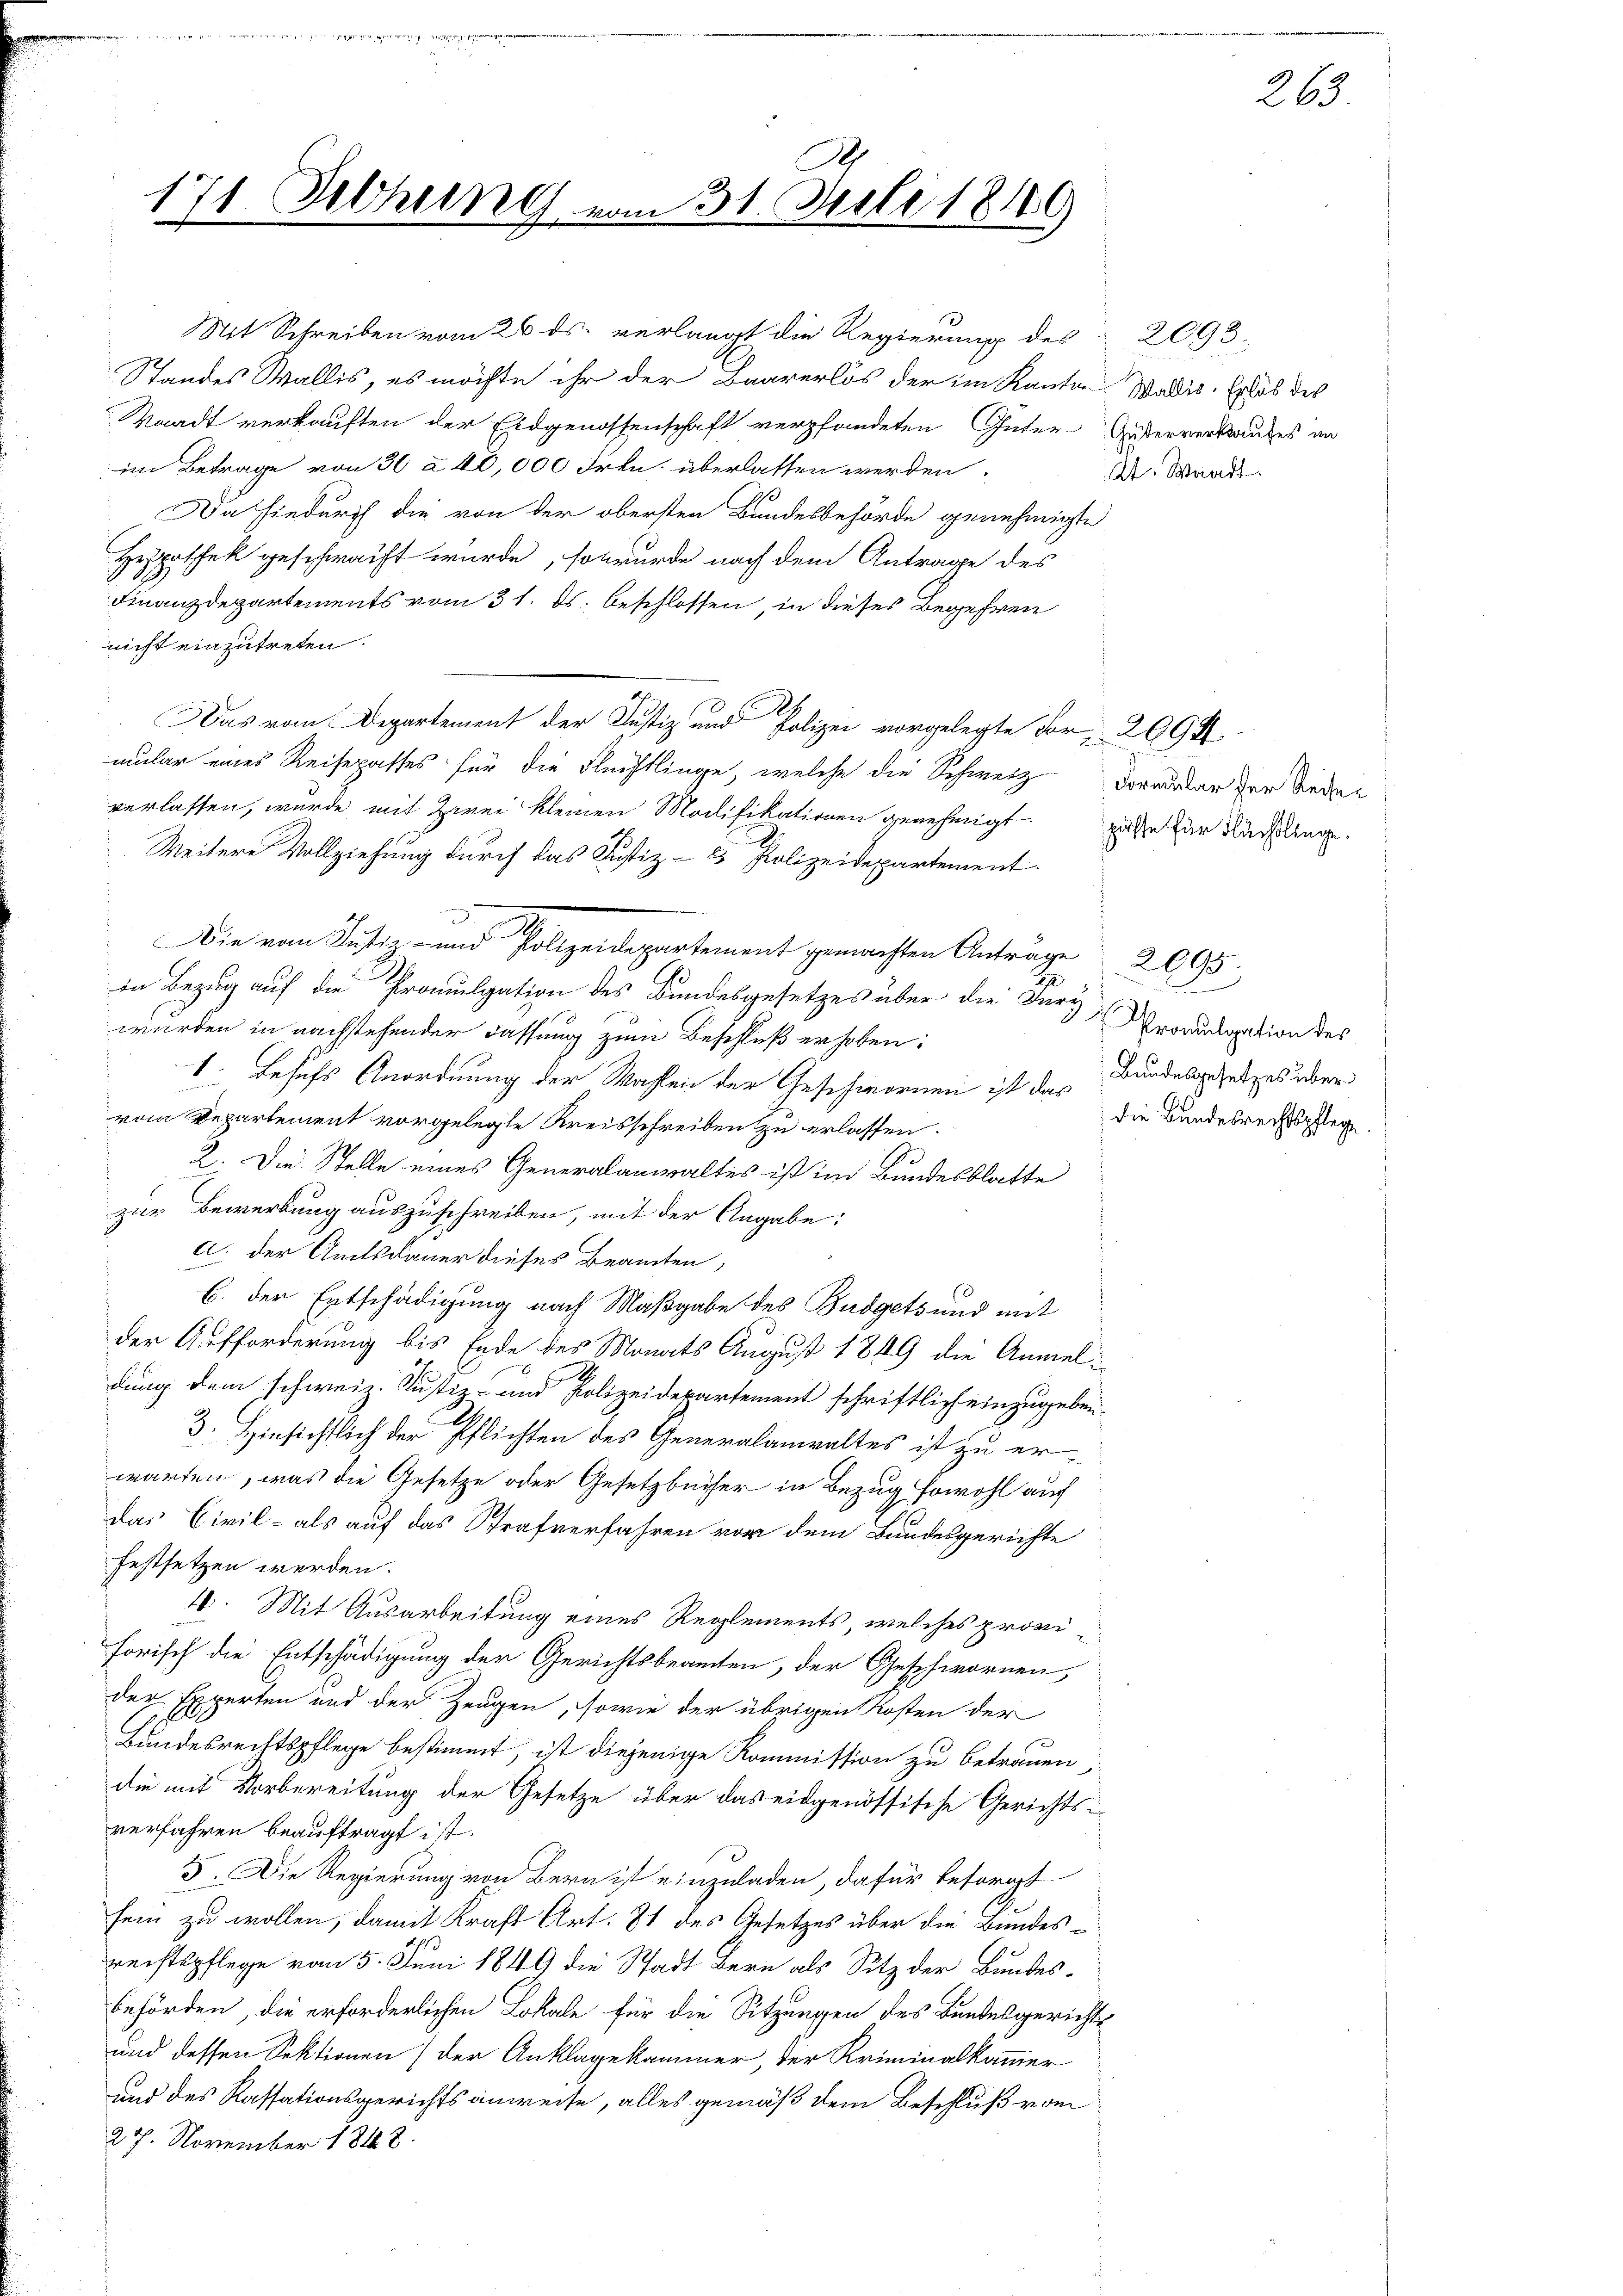
171. Setzung

Die vom Justiz- und Polizeidepartement gemachten Anträge

A
31. Juli 1849

Mit Schreiben vom 26. ds. verlangt die Regierung des 2093.
Standes Wallis, es möchte ihr der Baarerlös der im Kanton Wadia, Erhob des
Waadt verkauften der Eidgenossenschaft verpfandeten Güter Gesterverkaufes an
im Betrage von 30 à 10,000 Frkn. überlassen werden.
Da hiedurch die von der obersten Bundesbehörde genehmigte
Hypothek geschwacht wurde, so wurde nach dem Antrage des
Finanzdepartements vom 31. ds. beschlossen, in dieses Begehren
nicht einzutreten.
Das vom Departement der Justiz und Polizei vorgelegte For- 2094
mular eines Reisepasses für die Flechtlinge, welche die Schweiz darausser der Nieder
verlassen, wurde mit Zwei kleinen Modifikationen genehmigt. Das für Kuchlinge.
Weitere Vollziehung durch das Justiz- & Polizeidepartement
in Bezug auf die Promulgation des Bundesgesetzes über die Fary
wurden in nachstehender Fassung zum Beschluß erhoben:
1. Behufs Anordnung der Wahlen der Geschwornen ist das Bundesgesetzes über
vom Departement vorgelegte Kreisschreiben zu erlassen.
19
2. Die Stelle eines Generalanwaltes ist im Bundesblatte
zur Bewerbung auszuschreiben, mit der Angabe:
a. der Amtsdauer dieses Beamten,
E. der Entschädigung nach Maßgabe des Budgets und mit
der Aufforderung bis Ende des Monats August 1849 die Anmeldung dem schweiz. Justiz- und Polizeidepartement schriftlich einzugeben.
3. Hinsichtlich der Pflichten des Generalanwaltes ist zu erwarten, was die Gesetze oder Gesetzbücher in Bezug sowohl auch
das Civil- als auf das Strafverfahren vor dem Bundesgerichte
festsetzen werden.
4. Mit Ausarbeitung eines Reglements, welches proviforisch die Entschädigung der Gerichtsbeamten, der Geschwornen
der Experten und der Zeugen, sowie der übrigen Kosten der
Bundesrechtspflege bestimmt, ist diejenige Kommission zu betrauen,
die mit Vorbereitung der Gesetze über das eidgenössische Gerichts-
verfahren beauftragt ist.
5. Die Regierung von Bern ist einzuladen, dafür besorgt
sein zu wollen, damit Kraft Art. 81 des Gesetzes über die Bundesrechtspflege vom 5. Juni 1849 die Stadt Bern als Sitz der Bundesbehörden, die erforderlichen Lokale für die Sitzungen des Bundesgerichts
und dessen Sektionen) der Anklagekammer, der Kriminalkammer
und des Kassationsgerichtsanweise, alles gemäß dem Beschluß vom
27. November 1848.

At. Waadt

263

u
Promulgation des
die Bundesrechtspflege.

2095.